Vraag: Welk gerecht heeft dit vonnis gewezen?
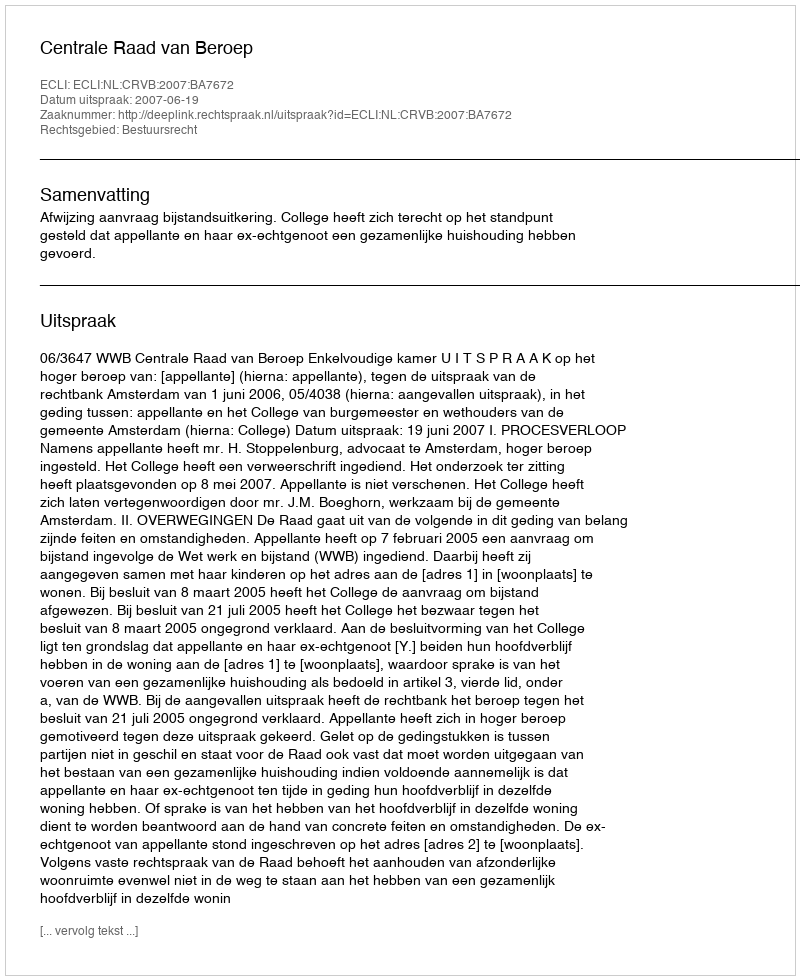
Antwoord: Centrale Raad van Beroep